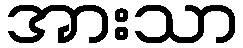
အားသာ